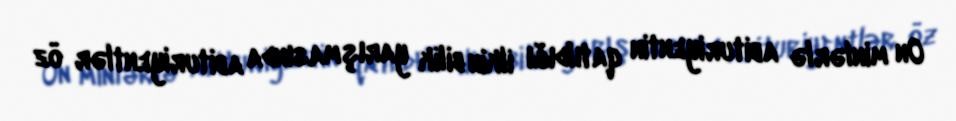
On minlərlə abituriyentin qatıldığı ilkin bilik yarışmasında abituriyentlər öz